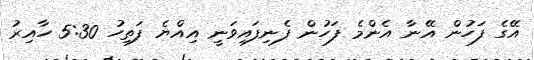
އޭގެ ފަހުން އޭނާ އެންމެ ފަހުން ފެނިފައިވަނީ އިއްޔެ ފަތިހު 5:30 ހާއިރު